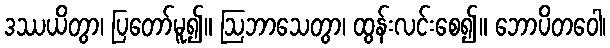
ဒဿယိတွာ၊ ပြတော်မူ၍။ ဩဘာသေတွာ၊ ထွန်းလင်းစေ၍။ ဘောပိတဝေါ၊